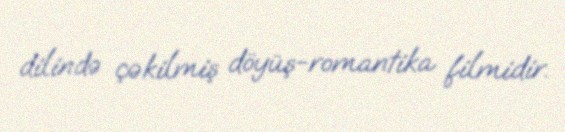
dilində çəkilmiş döyüş-romantika filmidir.